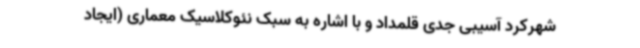
شهرکرد آسیبی جدی قلمداد و با اشاره به سبک نئوکلاسیک معماری (ایجاد